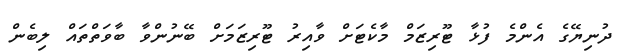
ދުނިޔޭގެ އެންމެ ފުޅާ ޓޫރިޒަމް މާކެޓަށް ވާއިރު ޓޫރިޒަމަށް ބޭނުންވާ ބާވަތްތައް ލިބެން